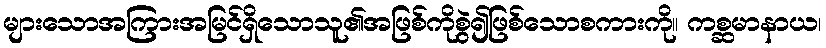
များသောအကြားအမြင်ရှိသောသူ၏အဖြစ်ကိုစွဲ၍ဖြစ်သောစကားကို။ ကစ္ဆမာနာယ၊